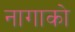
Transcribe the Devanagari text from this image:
नागाको